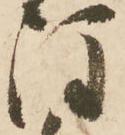
注